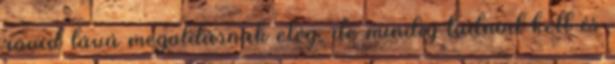
rövid távú megoldásnak elég, de mindig tudnod kell és